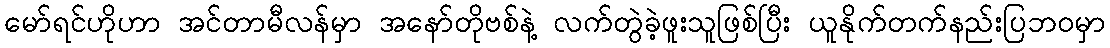
မော်ရင်ဟိုဟာ အင်တာမီလန်မှာ အနော်တိုဗစ်နဲ့ လက်တွဲခဲ့ဖူးသူဖြစ်ပြီး ယူနိုက်တက်နည်းပြဘ၀မှာ